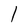
Character: I